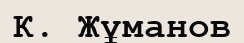
К. Жұманов